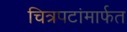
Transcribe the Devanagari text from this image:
चित्रपटांमार्फत